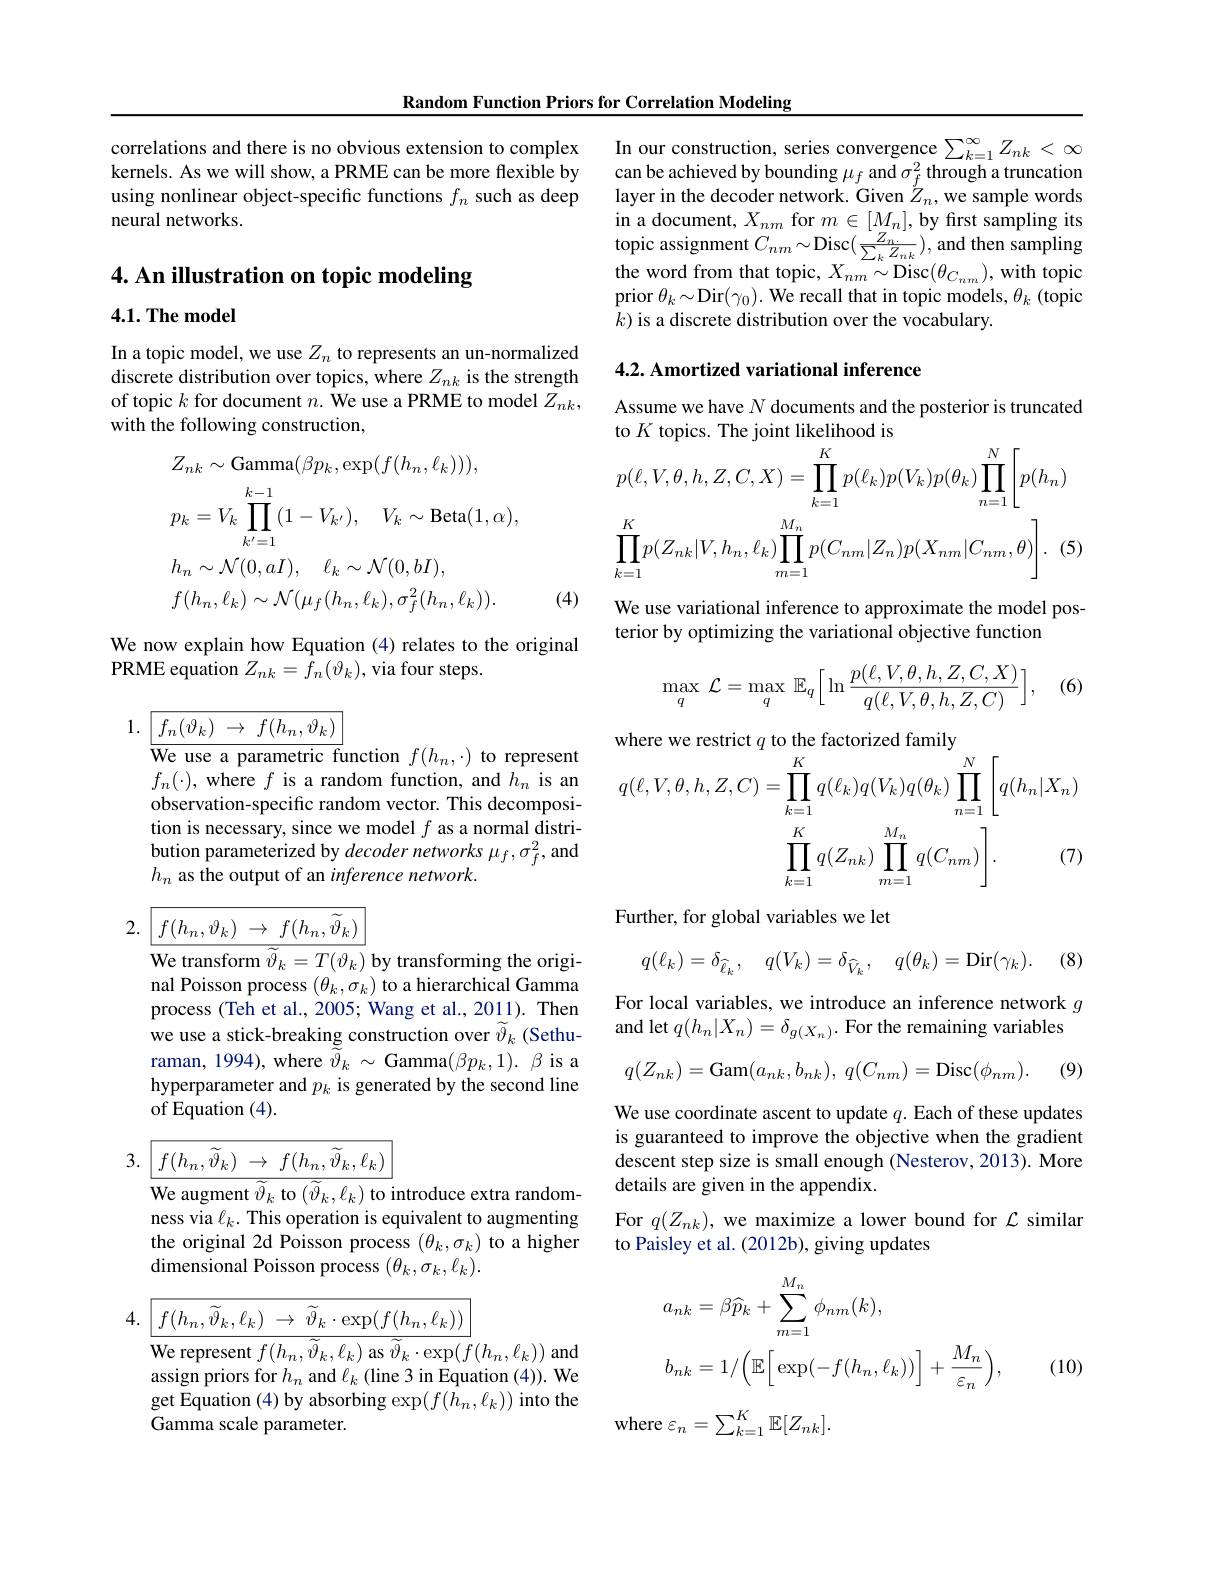
Random Function Priors for Correlation Modeling

correlations and there is no obvious extension to complex kernels. As we will show, a PRME can be more flexible by using nonlinear object-specific functions $f_n$ such as deep neural networks.

## 4. An illustration on topic modeling

$4. 1. \textbf{The model}$

In a topic model, we use $Z_n$ to represents an un-normalized discrete distribution over topics, where $Z_nk$ is the strength of topic $k$ for document $n.$ We use a PRME to model $Z_nk$, with the following construction,
$$\begin{aligned}&Z_{nk}\sim\mathrm{Gamma}(\beta p_{k},\exp(f(h_{n},\ell_{k}))),\\&p_{k}=V_{k}\prod_{k^{\prime}=1}^{k-1}(1-V_{k^{\prime}}),\quad V_{k}\sim\mathrm{Beta}(1,\alpha),\\&h_{n}\sim\mathcal{N}(0,aI),\quad\ell_{k}\sim\mathcal{N}(0,bI),\\&f(h_{n},\ell_{k})\sim\mathcal{N}(\mu_{f}(h_{n},\ell_{k}),\sigma_{f}^{2}(h_{n},\ell_{k})).\end{aligned}$$
(4)

We now explain how Equation (4) relates to the original
PRME equation $Z_{nk}= \bar{f} _{n}( \vartheta _{k}) $,via four steps.

1. $\boxed{f_{n}( \vartheta _{k}) \:\to \:f( h_{n}, \vartheta _{k}) }$
$\overline{\text{We use a parametric function}}f(h_{n},\cdot)$ to represent

$f_n(\cdot)$, where $f$ is a random function, and $h_n$ is an observation-specific random vector. This decomposition is necessary, since we model $f$ as a normal distribution parameterized by decoder networks $\mu_f,\sigma_f^2$, and $h_n$ as the output of an inference network.

2. $\boxed{f( h_n, \vartheta _k) \:\to \:f( h_n, \widetilde{\vartheta } _k) }$
${\overline{\mathrm{We~transform~}\widetilde{\vartheta}_{k}=T(\vartheta_{k})}}$by transforming the origi-

nal Poisson process $(\theta_k,\sigma_k)$ to a hierarchical Gamma process (Teh et al., 2005; Wang et al., 2011). Then we use a stick-breaking construction over $\widetilde\vartheta_{k}$ (Sethuraman, 1994), where $\tilde{\tilde{\vartheta}}_{k}\sim$Gamma$(\beta p_{k},1).$ $\beta$ is a hyperparameter and $p_k$ is generated by the second line of Equation (4).

3. $\boxed{f( h_n, \widetilde{\vartheta } _k) \:\to \:f( h_n, \widetilde{\vartheta } _k, \ell _k) }$
$\overline{\mathrm{We~augment~}\widetilde{\vartheta}_k\mathrm{~to~}(\widetilde{\vartheta}_k,\ell_k)\mathrm{~to~}}$introduce extra random-

ness via $\ell_k.$ This operation is equivalent to augmenting the original 2d Poisson process $(\theta_k,\sigma_k)$ to a higher dimensional Poisson process $(\theta_k,\sigma_k,\ell_k).$
$$.\:\boxed{f(h_{n},\widetilde{\vartheta}_{k},\ell_{k})\:\to\:\widetilde{\vartheta}_{k}\cdot\exp(f(h_{n},\ell_{k}))}$$
We represent $f(h_{n},\widetilde{\vartheta}_{k},\ell_{k})$ as $\widetilde{\vartheta}_{k}\cdot\exp(f(h_{n},\ell_{k}))$ and assign priors for $h_n$ and $\ell_k$ (line 3 in Equation (4)). We get Equation (4) by absorbing $\exp(f(h_n,\ell_k))$ into the Gamma scale parameter

In our construction, series convergence $\sum_k=1^{\infty}Z_{nk}<\infty$ can be achieved by bounding $\mu_f$ and $\sigma_f^2$ through a truncation layer in the decoder network. Given $Z_n$, we sample words in a document, $X_nm$ for $m\in[M_n]$, by first sampling its topic assignment $C_nm\sim$Disc$(\frac{Z_{n.}}{\sum_{k}Z_{nk}})$, and then sampling the word from that topic, $X_nm\sim$Disc$(\theta_{C_{nm}})$, with topic prior $\theta_k\sim$Dir$( \gamma _0) . \textbf{We recall that in topic models, }\theta _k$ (topic $\bar{k})$ is a discrete distribution over the vocabulary.

## 4.2. Amortized variational inference

Assume we have $N$ documents and the posterior is truncated
$$\begin{aligned}&\text{to }K\text{ topics. Inc joint inconnood is}\\&p(\ell,V,\theta,h,Z,C,X)=\prod_{k=1}^{K}p(\ell_{k})p(V_{k})p(\theta_{k})\prod_{n=1}^{N}\left[p(h_{n})\right]\\&\prod_{k=1}^{K}p(Z_{nk}|V,h_{n},\ell_{k})\prod_{m=1}^{M_{n}}p(C_{nm}|Z_{n})p(X_{nm}|C_{nm},\theta)\Bigg].\:(5)\end{aligned}$$
We use variational inference to approximate the model pos-
terior by optimizing the variational objective function
$$\max\limits_{q}\:\mathcal{L}=\max\limits_{q}\:\mathbb{E}_{q}\Big[\:\ln\frac{p(\ell,V,\theta,h,Z,C,X)}{q(\ell,V,\theta,h,Z,C)}\Big],$$
(6)
$$\begin{aligned}&\text{where we lesulct }q\text{ to ue lactollzed lannly}\\&q(\ell,V,\theta,h,Z,C)=\prod_{k=1}^{K}q(\ell_{k})q(V_{k})q(\theta_{k})\prod_{n=1}^{N}\left[q(h_{n}|X_{n})\right]\\&\prod_{k=1}^{K}q(Z_{nk})\prod_{m=1}^{M_{n}}q(C_{nm})\biggr].&\text{(7)}\end{aligned}$$
Further, for global variables we let
$$q(\ell_k)=\delta_{\widehat{\ell}_k},\quad q(V_k)=\delta_{\widehat{V}_k},\quad q(\theta_k)=\mathrm{Dir}(\gamma_k).$$
(8)

For local variables, we introduce an inference network $g$
and let $q(h_n|X_n)=\delta_{g(X_n)}.$ For the remaining variables
$$q(Z_{nk})=\mathrm{Gam}(a_{nk},b_{nk}),\:q(C_{nm})=\mathrm{Disc}(\phi_{nm}).$$
(9)

We use coordinate ascent to update $q.$ Each of these updates is guaranteed to improve the objective when the gradient descent step size is small enough (Nesterov, 2013). More details are given in the appendix.
For $q(Z_{nk})$, we maximize a lower bound for $\mathcal{L}$ similar
to Paisley et al. (2012b), giving updates
$$\begin{aligned}&a_{nk}=\beta\widehat{p}_{k}+\sum_{m=1}^{M_{n}}\phi_{nm}(k),\\&b_{nk}=1/\Big(\mathbb{E}\Big[\exp(-f(h_{n},\ell_{k}))\Big]+\frac{M_{n}}{\varepsilon_{n}}\Big),\end{aligned}$$
(10)

where $\varepsilon_n=\sum_{k=1}^K\mathbb{E}[Z_{nk}].$